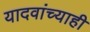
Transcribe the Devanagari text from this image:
यादवांच्याही